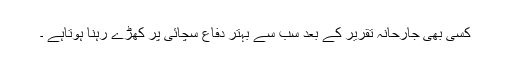
کسی بھی جارحانہ تقریر کے بعد سب سے بہتر دفاع سچائی پر کھڑے رہنا ہوتاہے ۔